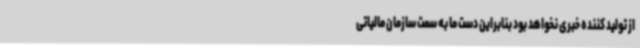
از تولید کننده خبری نخواهد بود بنابراین دست ما به سمت سازمان مالیاتی